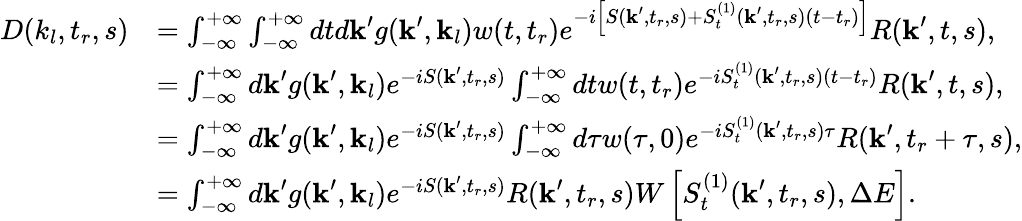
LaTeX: \begin{array}{rl}{D(k_{l},t_{r},s)}&{=\int_{-\infty}^{+\infty}\int_{-\infty}^{+\infty}dtd\textbf{k}^{\prime}g(\textbf{k}^{\prime},\textbf{k}_{l})w(t,t_{r})e^{-i\left[S(\textbf{k}^{\prime},t_{r},s)+S_{t}^{(1)}(\textbf{k}^{\prime},t_{r},s)(t-t_{r})\right]}R(\textbf{k}^{\prime},t,s),}\\ &{=\int_{-\infty}^{+\infty}d\textbf{k}^{\prime}g(\textbf{k}^{\prime},\textbf{k}_{l})e^{-iS(\textbf{k}^{\prime},t_{r},s)}\int_{-\infty}^{+\infty}dtw(t,t_{r})e^{-iS_{t}^{(1)}(\textbf{k}^{\prime},t_{r},s)(t-t_{r})}R(\textbf{k}^{\prime},t,s),}\\ &{=\int_{-\infty}^{+\infty}d\textbf{k}^{\prime}g(\textbf{k}^{\prime},\textbf{k}_{l})e^{-iS(\textbf{k}^{\prime},t_{r},s)}\int_{-\infty}^{+\infty}d\tau w(\tau,0)e^{-iS_{t}^{(1)}(\textbf{k}^{\prime},t_{r},s)\tau}R(\textbf{k}^{\prime},t_{r}+\tau,s),}\\ &{=\int_{-\infty}^{+\infty}d\textbf{k}^{\prime}g(\textbf{k}^{\prime},\textbf{k}_{l})e^{-iS(\textbf{k}^{\prime},t_{r},s)}R(\textbf{k}^{\prime},t_{r},s)W\left[S_{t}^{(1)}(\textbf{k}^{\prime},t_{r},s),\Delta E\right].}\end{array}